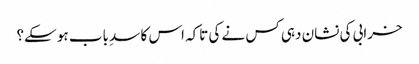
خرابی کی نشان دہی کس نے کی تاکہ اس کا سدِ باب ہو سکے؟